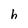
Character: h